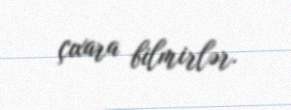
çıxara bilmirlər.